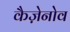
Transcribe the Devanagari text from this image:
कैज़ेनोव